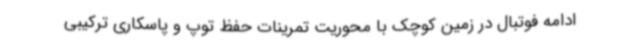
ادامه فوتبال در زمین کوچک با محوریت تمرینات حفظ توپ و پاسکاری ترکیبی